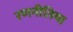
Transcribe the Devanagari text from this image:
रणनीतिया